38_143685_box7_Incident_Summaries_1-100
Agency: Department of War
Page 193
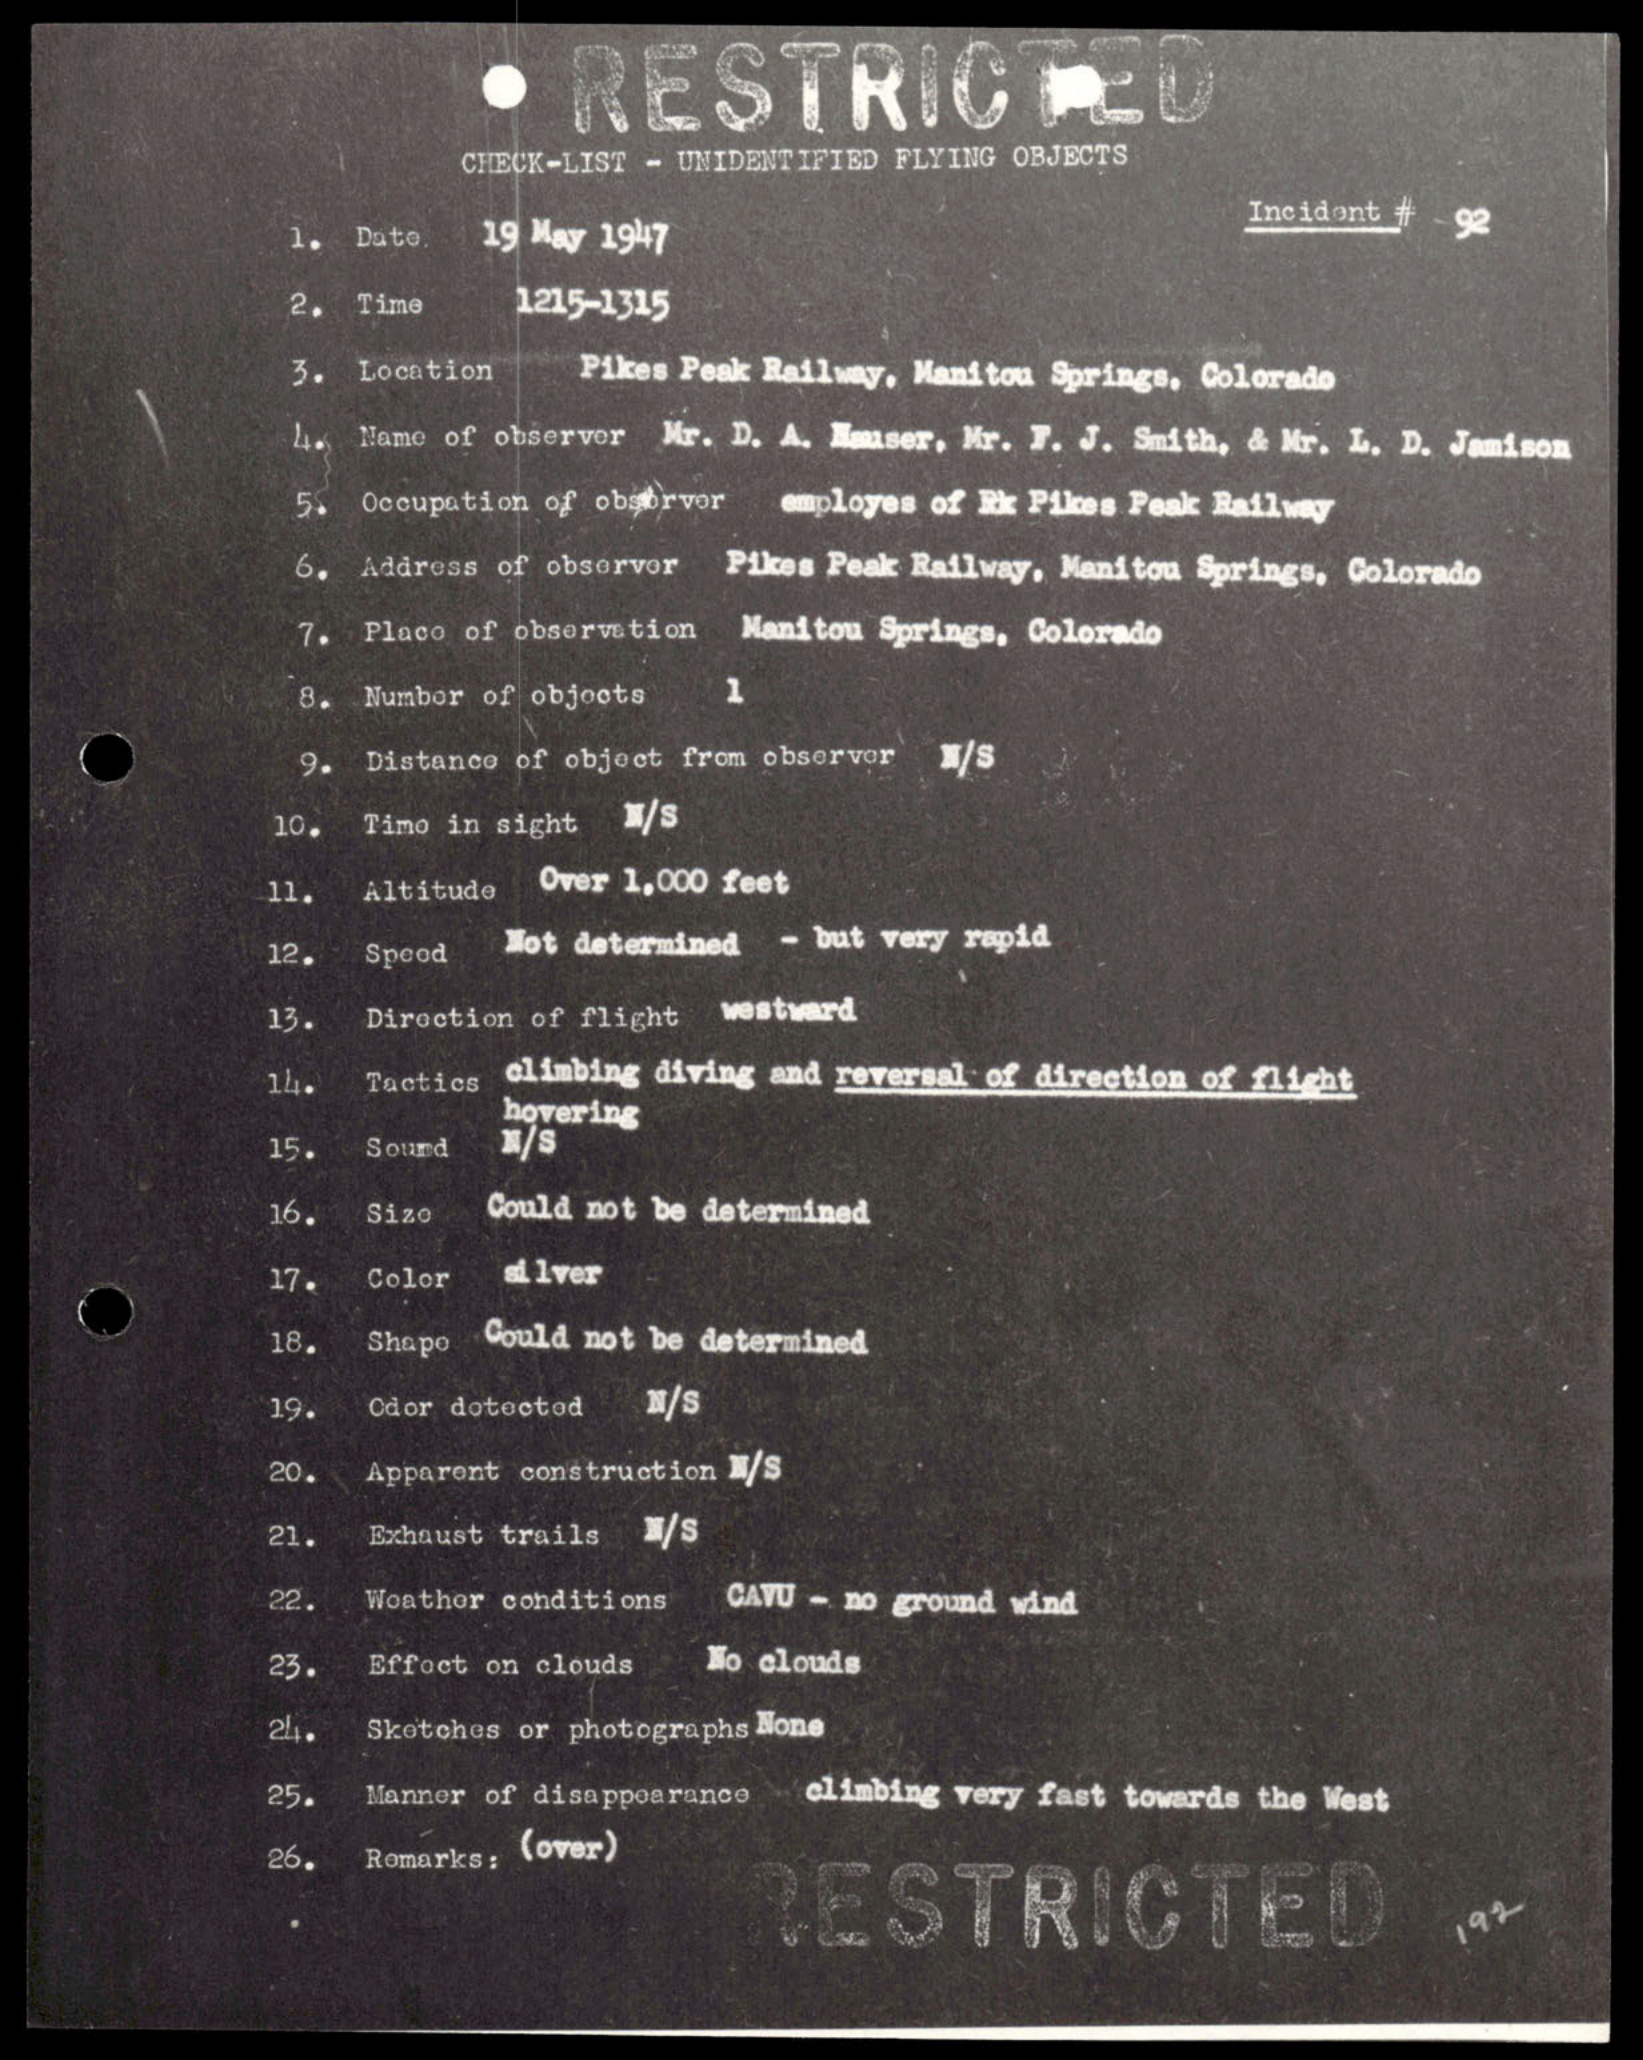